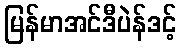
မြန်မာအင်ဒီပဲန်ဒင့်